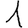
Digit: 1